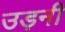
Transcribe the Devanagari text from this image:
उड़नी